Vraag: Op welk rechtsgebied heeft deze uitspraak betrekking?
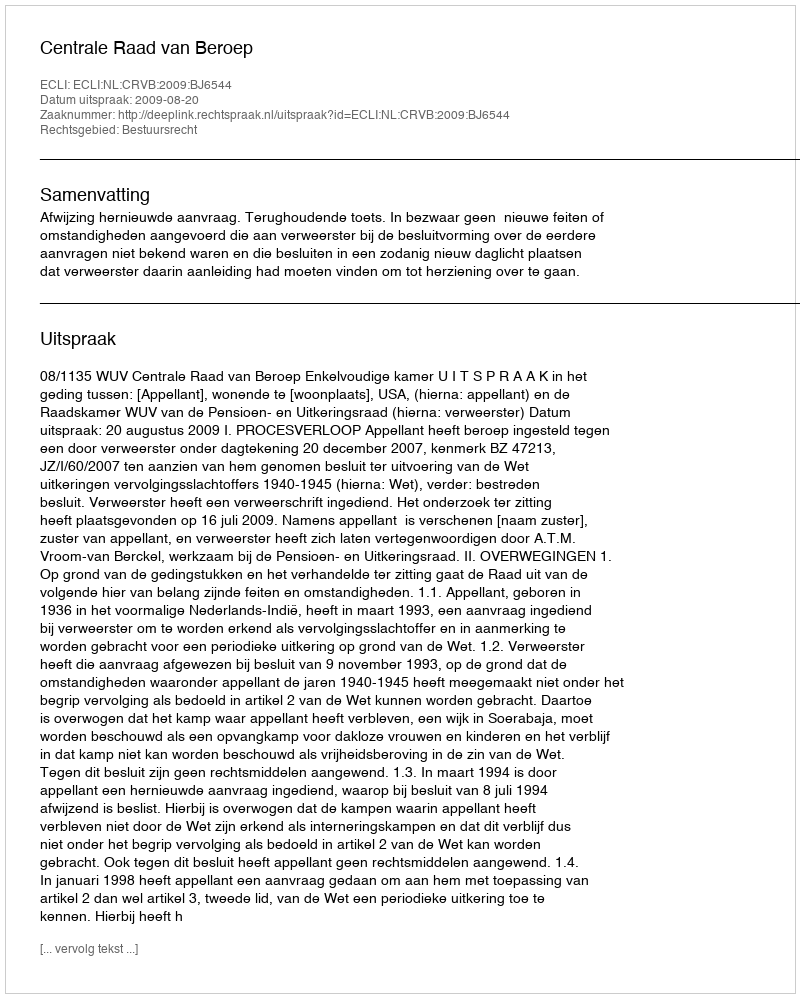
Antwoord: Bestuursrecht